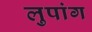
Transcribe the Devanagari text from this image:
लुपांग